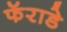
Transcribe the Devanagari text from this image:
फॅराडे